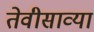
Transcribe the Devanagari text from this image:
तेवीसाव्‍या